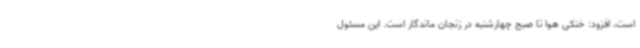
است، افزود: خنکی هوا تا صبح چهارشنبه در زنجان ماندگار است. این مسئول